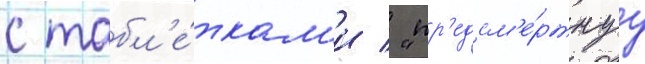
с табл'е́ткам'и / "пр'едсм'е́ртнуу